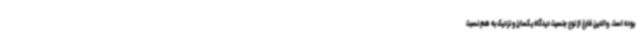
بوده است. والدین فارغ از نوع جنسیت دیدگاه یکسان و نزدیک به هم نسبت